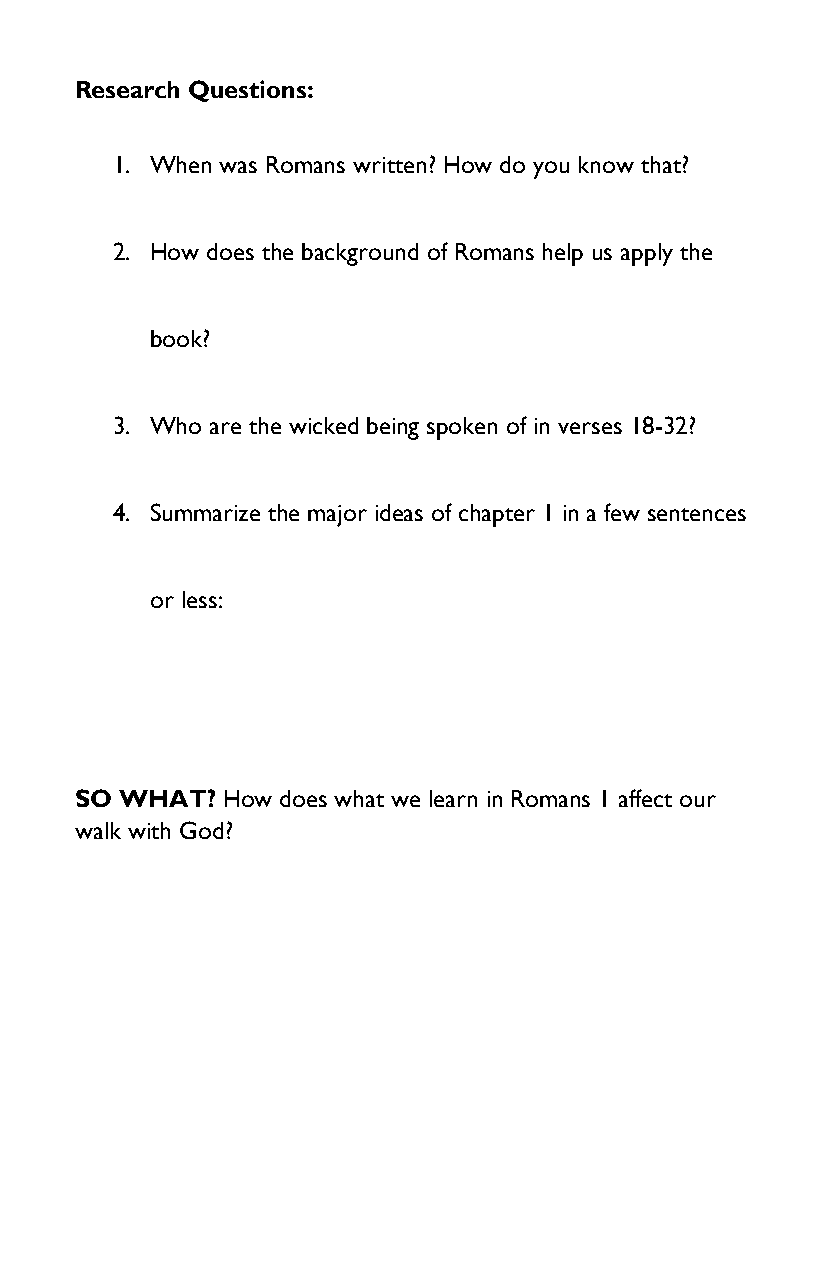
Research Questions:
 1. When was Romans written? How do you know that?
 2. How does the background of Romans help us apply the
 book?
 3. Who are the wicked being spoken of in verses 18-32?
 4. Summarize the major ideas of chapter 1 in a few sentences
 or less:
 SO WHAT?  How does what we learn in Romans 1 affect our
 walk with God?